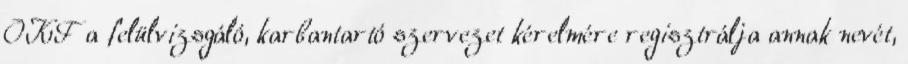
OKF a felülvizsgáló, karbantartó szervezet kérelmére regisztrálja annak nevét,